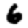
Digit: 6